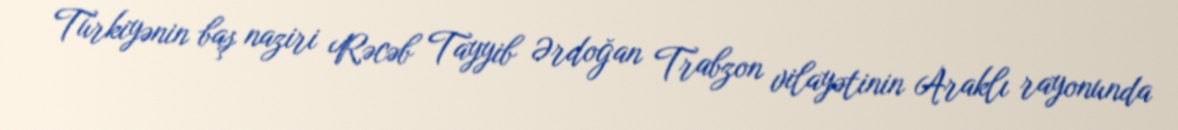
Türkiyənin baş naziri Rəcəb Tayyib Ərdoğan Trabzon vilayətinin Araklı rayonunda